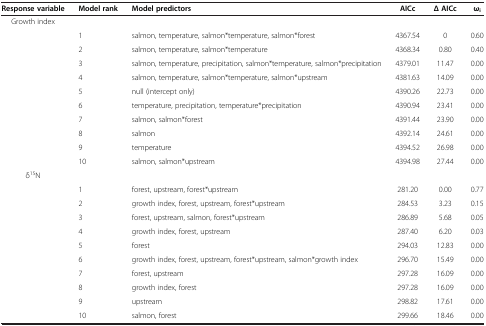
| Response variable | Model rank | Model predictors | AICc | Δ AICc | ωi |
 | --- | --- | --- | --- | --- | --- |
 | Growth index |  |  |  |  |  |
 |  | 1 | salmon, temperature, salmon*temperature, salmon*forest | 4367.54 | 0 | 0.60 |
 |  | 2 | salmon, temperature, salmon*temperature | 4368.34 | 0.80 | 0.40 |
 |  | 3 | salmon, temperature, precipitation, salmon*temperature, salmon*precipitation | 4379.01 | 11.47 | 0.00 |
 |  | 4 | salmon, temperature, salmon*temperature, salmon*upstream | 4381.63 | 14.09 | 0.00 |
 |  | 5 | null (intercept only) | 4390.26 | 22.73 | 0.00 |
 |  | 6 | temperature, precipitation, temperature*precipitation | 4390.94 | 23.41 | 0.00 |
 |  | 7 | salmon, salmon*forest | 4391.44 | 23.90 | 0.00 |
 |  | 8 | salmon | 4392.14 | 24.61 | 0.00 |
 |  | 9 | temperature | 4394.52 | 26.98 | 0.00 |
 |  | 10 | salmon, salmon*upstream | 4394.98 | 27.44 | 0.00 |
 | δ15N |  |  |  |  |  |
 |  | 1 | forest, upstream, forest*upstream | 281.20 | 0.00 | 0.77 |
 |  | 2 | growth index, forest, upstream, forest*upstream | 284.53 | 3.23 | 0.15 |
 |  | 3 | forest, upstream, salmon, forest*upstream | 286.89 | 5.68 | 0.05 |
 |  | 4 | growth index, forest, upstream | 287.40 | 6.20 | 0.03 |
 |  | 5 | forest | 294.03 | 12.83 | 0.00 |
 |  | 6 | growth index, forest, upstream, forest*upstream, salmon*growth index | 296.70 | 15.49 | 0.00 |
 |  | 7 | forest, upstream | 297.28 | 16.09 | 0.00 |
 |  | 8 | growth index, forest | 297.28 | 16.09 | 0.00 |
 |  | 9 | upstream | 298.82 | 17.61 | 0.00 |
 |  | 10 | salmon, forest | 299.66 | 18.46 | 0.00 |